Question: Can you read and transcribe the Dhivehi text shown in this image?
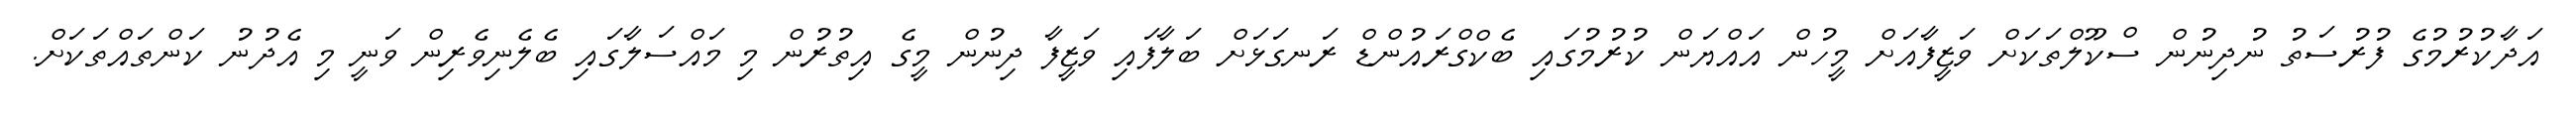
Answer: އަދާކުރުމުގެ ފުރުސަތު ނުދިނުން ސްކޫލްތަކަށް ވަޒީފާއަށް މީހުން އައްޔަން ކުރުމުގައި ބެކްގްރައުންޑް ރަނގަޅަށް ބަލާފައި ވަޒީފާ ދިނުން މީގެ އިތުރުން މި މައްސަލާގައި ބެލެނިވެރިން ވަނީ މި އެދުނު ކަންތައްތަކަށް.